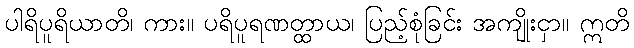
ပါရိပူရိယာတိ၊ ကား။ ပရိပူရဏတ္ထာယ၊ ပြည့်စုံခြင်း အကျိုးငှာ။ ဣတိ